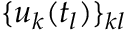
\{ u _ { k } ( t _ { l } ) \} _ { k l }